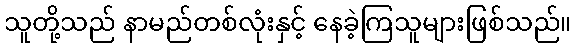
သူတို့သည် နာမည်တစ်လုံးနှင့် နေခဲ့ကြသူများဖြစ်သည်။